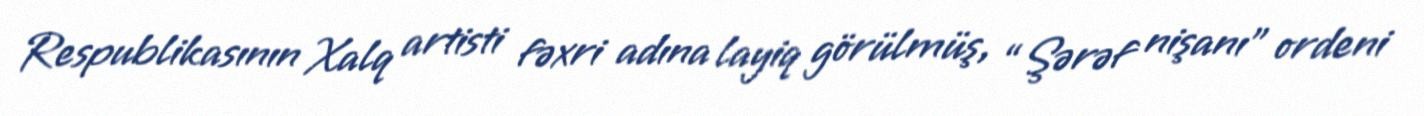
Respublikasının Xalq artisti fəxri adına layiq görülmüş, “Şərəf nişanı” ordeni